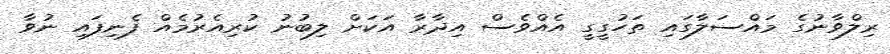
ރިލްވާނުގެ މައްސަލާގައި ތަހުގީގީ އެއްވެސް އިދާރާ އަކަށް ލިބުނު ކުރިއެރުމެއް ފެނިފައި ނުވާ